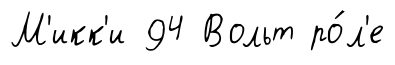
М'икк'и 94 Вольт ро́л'е